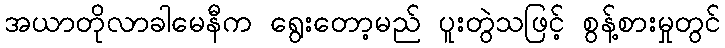
အယာတိုလာခါမေနီက ရွေးတော့မည် ပူးတွဲသဖြင့် စွန့်စားမှုတွင်